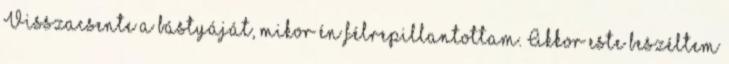
Visszacsente a bástyáját, mikor én félrepillantottam. Akkor este beszéltem